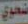
ضحوي